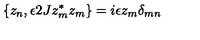
\{ z _ { n } , \epsilon 2 J z _ { m } ^ { \ast } z _ { m } \} = i \epsilon z _ { m } \delta _ { m n }